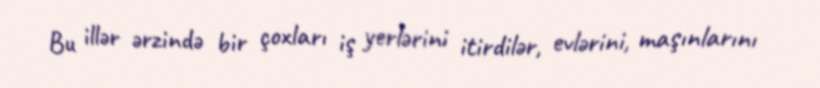
Bu illər ərzində bir çoxları iş yerlərini itirdilər, evlərini, maşınlarını